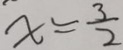
x = \frac { 3 } { 2 }